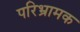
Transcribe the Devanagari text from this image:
परिभ्रामक